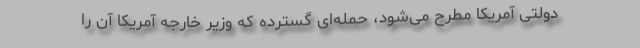
دولتی آمریکا مطرح می‌شود، حمله‌ای گسترده که وزیر خارجه آمریکا آن را